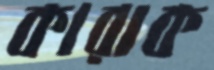
কারাক